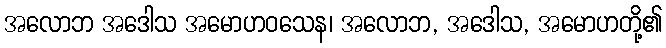
အလောဘ အဒေါသ အမောဟဝသေန၊ အလောဘ, အဒေါသ, အမောဟတို့၏